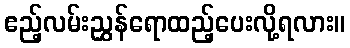
ဧည့်လမ်းညွှန်ရောထည့်ပေးလို့ရလား။